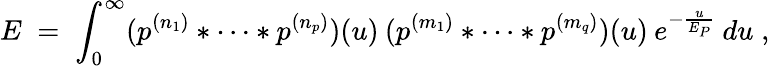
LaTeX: E\; =\; \int_{0}^{\infty}(p^{(n_{1})}*\cdots*p^{(n_{p})})(u)\: (p^{(m_{1})}*\cdots*p^{(m_{q})})(u)\: e^{-\frac{u}{E_{P}}}\: du\; ,